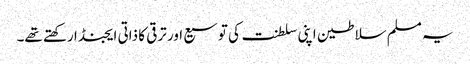
یہ مسلم سلاطین اپنی سلطنت کی توسیع اور ترقی کا ذاتی ایجنڈا رکھتے تھے۔